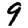
Digit: 9